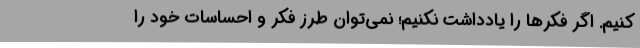
کنیم. اگر فکرها را یادداشت نکنیم؛ نمی‌توان طرز فکر و احساسات خود را